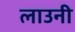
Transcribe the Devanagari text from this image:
लाउनी